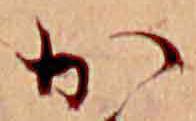
か